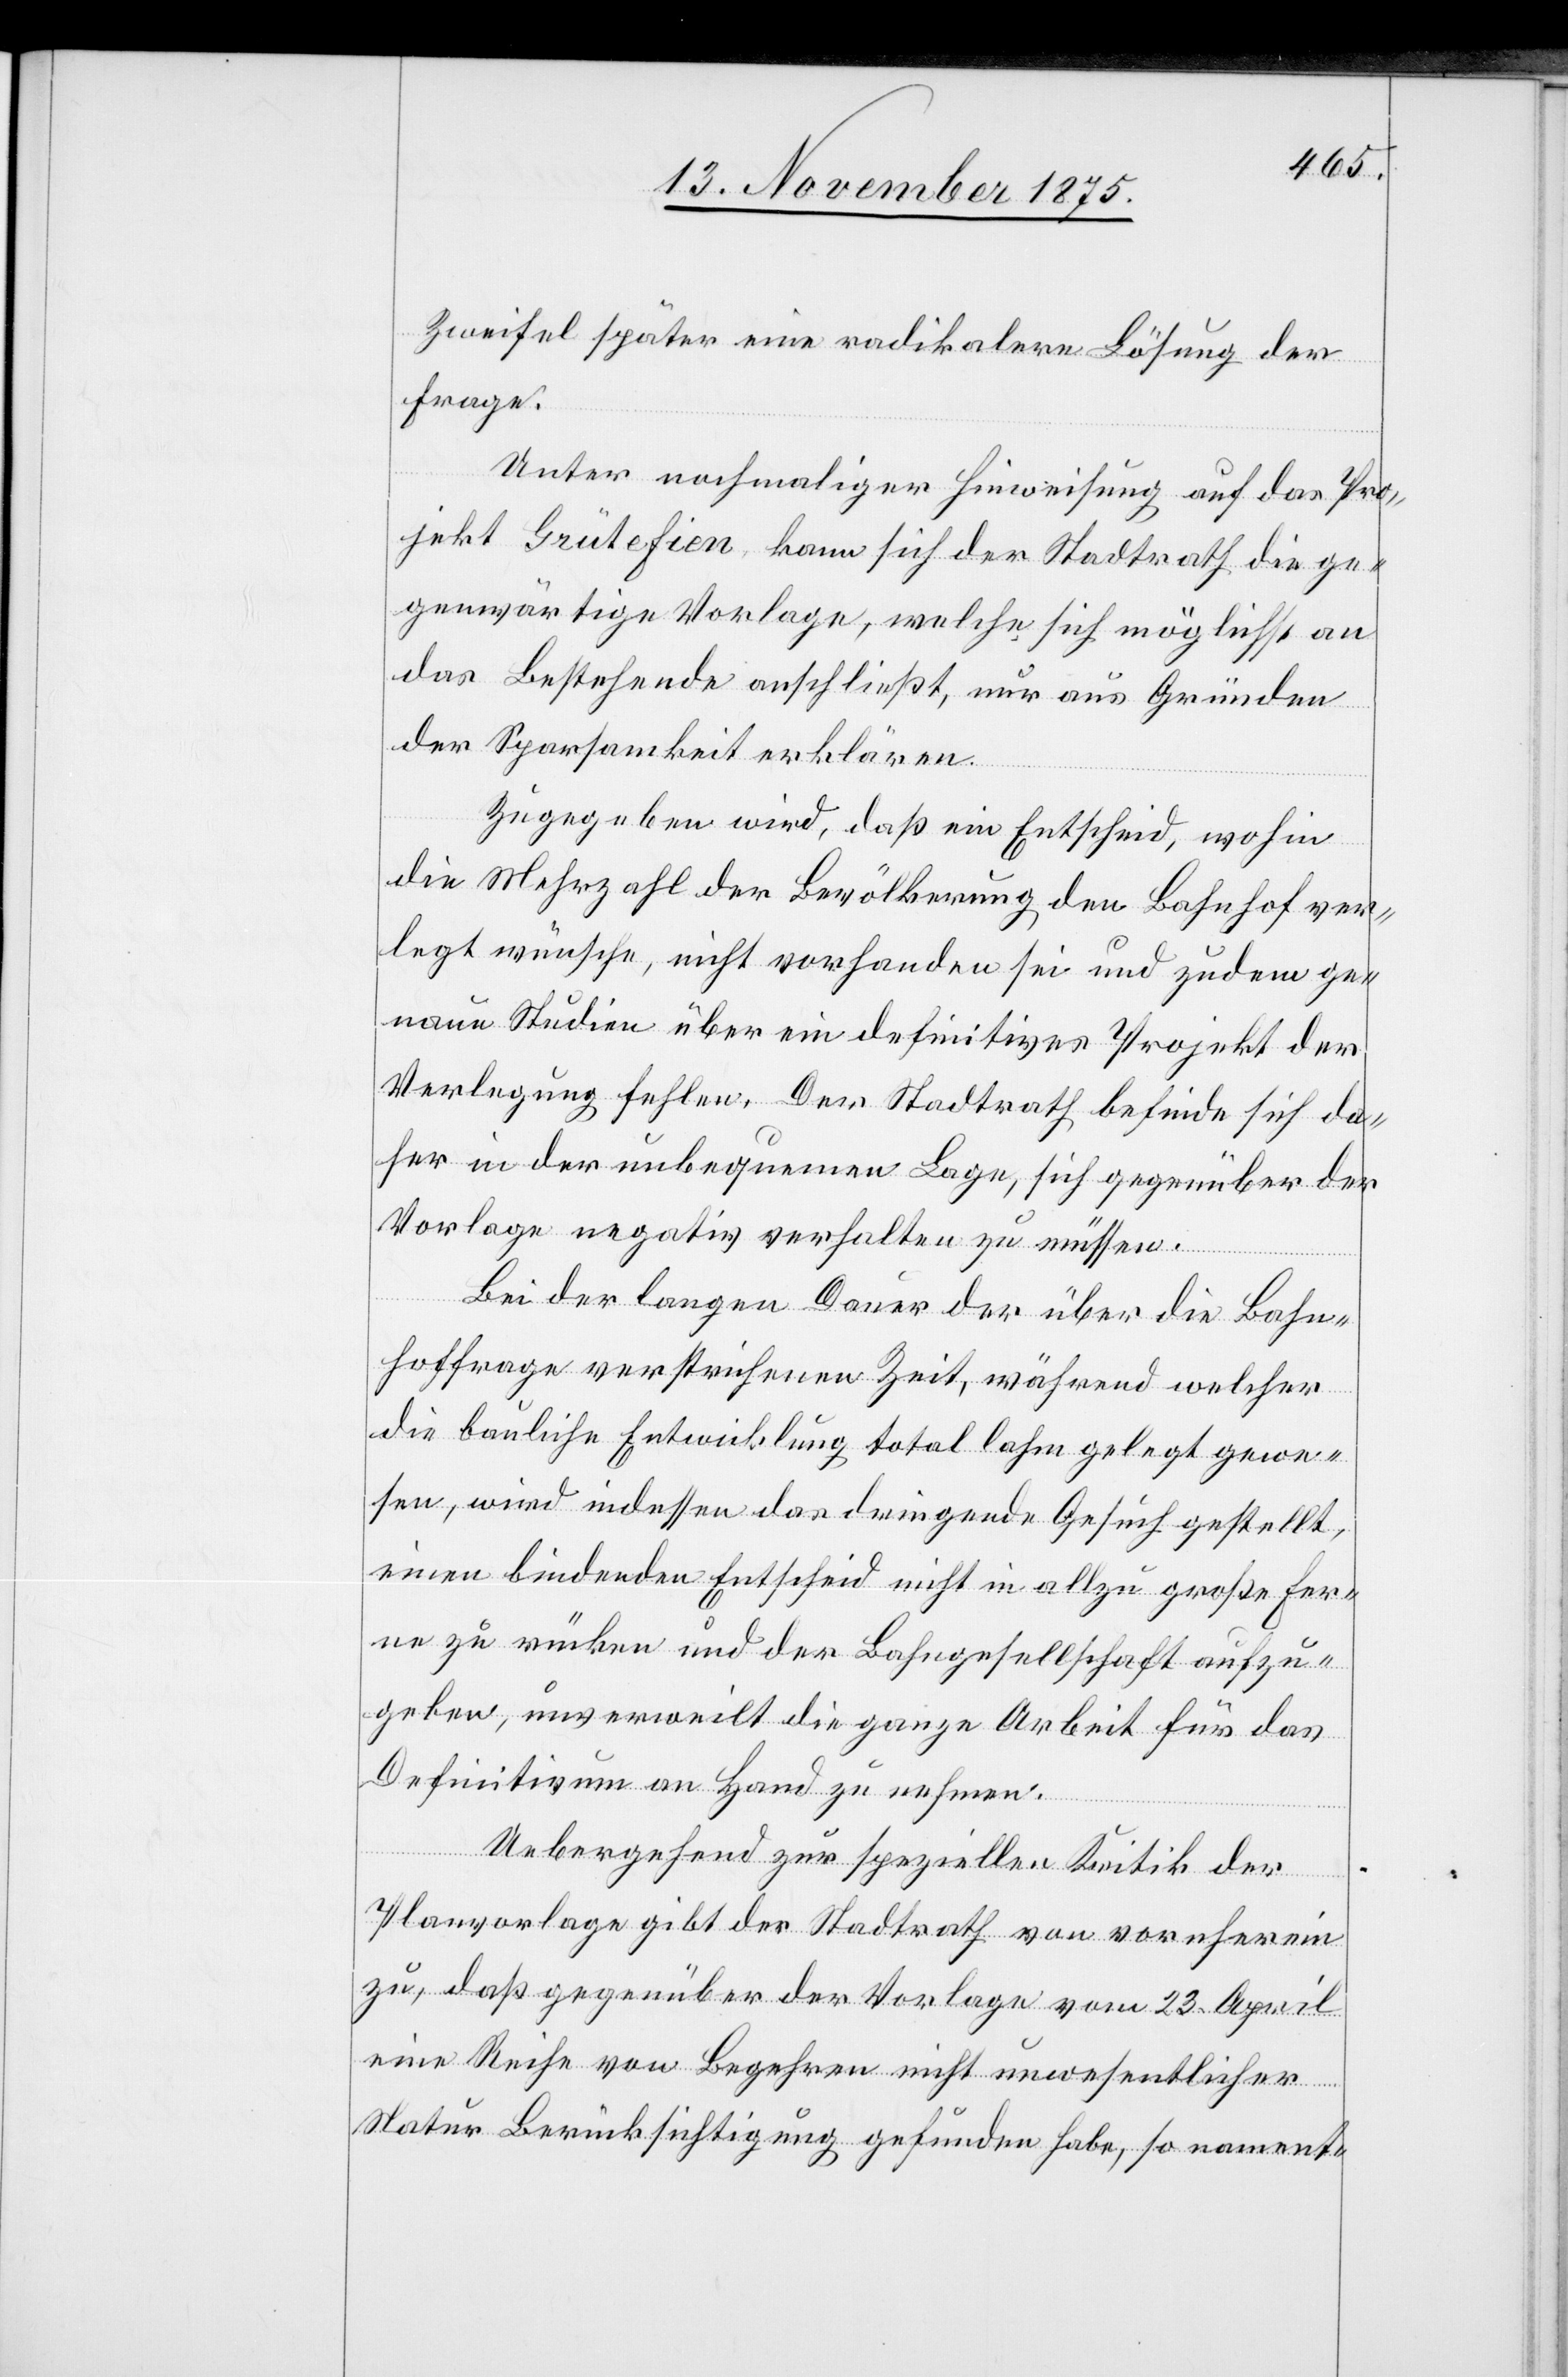
Zweifel später eine radikalere Lösung der
Frage.
Unter nochmaliger Hinweisung auf das Pro¬
jekt Grütefien, kann sich der Stadtrath die ge¬
genwärtige Vorlage, welche sich möglichst an
das Bestehende anschließt, nur aus Gründen
der Sparsamkeit erklären.
Zugegeben wird, daß ein Entscheid, wohin
die Mehrzahl der Bevölkerung den Bahnhof ver¬
legt wünsche, nicht vorhanden sei und zudem ge¬
naue Studien über ein definitives Projekt der
Verlegung fehlen. Der Stadtrath befinde sich da¬
her in der unbequemen Lage, sich gegenüber der
Vorlage negativ verhalten zu müssen.
Bei der langen Dauer der über die Bahn¬
hoffrage verstrichenen Zeit, während welcher
die bauliche Entwicklung total lahm gelegt gewe¬
sen, wird indessen das dringende Gesuch gestellt,
einen bindenden Entscheid nicht in allzu große Fer¬
ne zu rücken und der Bahngesellschaft aufzu¬
geben, unverweilt die ganze Arbeit für das
Definitivum an Hand zu nehmen.
Uebergehend zur speziellen Kritik der
Planvorlage gibt der Stadtrath von vornherein
zu, daß gegenüber der Vorlage vom 23. April
eine Reihe von Begehren nicht unwesentlicher
Natur Berücksichtigung gefunden habe, so nament-